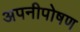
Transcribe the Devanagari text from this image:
अपनीपोषण